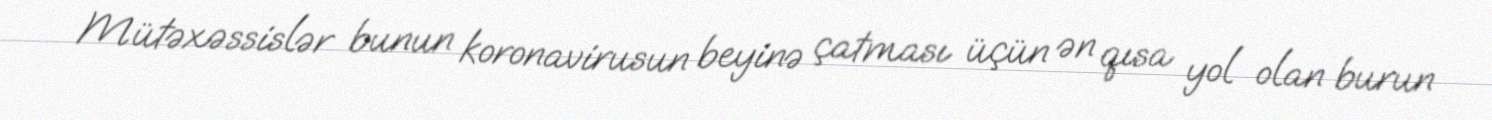
Mütəxəssislər bunun koronavirusun beyinə çatması üçün ən qısa yol olan burun